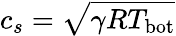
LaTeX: c_{s}=\sqrt{\gamma RT_{\mathrm{bot}}}